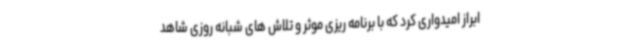
ابراز امیدواری کرد که با برنامه ریزی موثر و تلاش های شبانه روزی شاهد